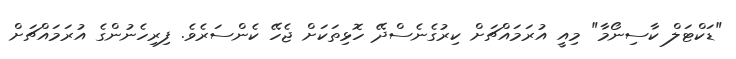
"ޑަކްޓަލް ކާސިނޯމާ" މިއީ އުރަމައްޗަށް ކިރުގެނެސްދޭ ހޮޅިތަކަށް ޖެހޭ ކެންސަރެވެ. ފިރިހެނުންގެ އުރަމައްޗަށް